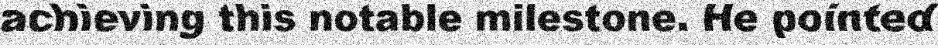
achieving this notable milestone. He pointed